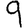
Digit: 9